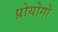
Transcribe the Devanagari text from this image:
प्रोयोगो